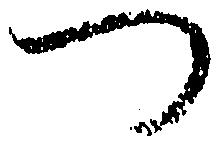
つ